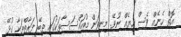
އޮތް ހެނެއް ވެސް ހިޔެއް ނުވޭ. މިނިވަން މުއައްސަސާތަކުގައި ތިބޭ ފަރާތްތަކާ ގުޅޭ